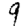
Digit: 9